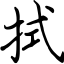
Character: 拭